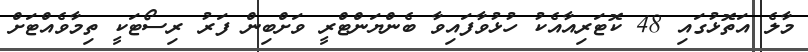
މާލެ އަތޮޅުގައި 48 ކޮޓަރިއާއެކު ހުޅުވާފައިވާ ބެންޔަންޓްރީ ވަށްބިން ފަރު ރިސޯޓަކީ ތިމާވެއްޓަށް